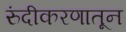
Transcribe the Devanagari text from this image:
रुंदीकरणातून